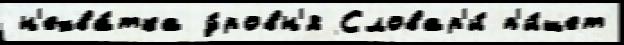
н'ехва́тка у́ровн'я Словар'и́ п'и́шет